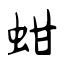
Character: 蚶